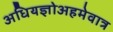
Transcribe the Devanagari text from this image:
अधियज्ञोअहमेवात्र